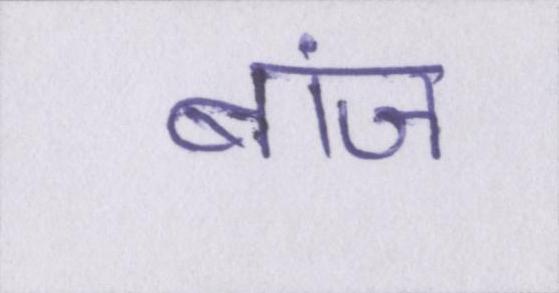
बांज